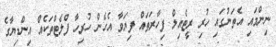
ނިންމައި އެތަނުގައި ހުރި ރީޓެއިލް ފިހާރަތައް ފިޔަވާ އެހެން ހުރިހާ ފްލެޓްތަކެއް އިންޑިޔާގެ